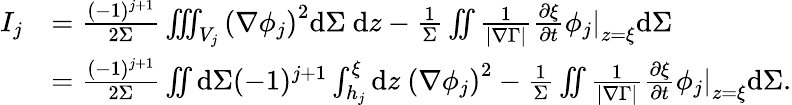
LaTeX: \begin{array}{rl}{I_{j}}&{=\frac{(-1)^{j+1}}{2\Sigma}\iiint_{V_{j}}\left(\nabla\phi_{j}\right)^{2}\mathrm{d}\Sigma~\mathrm{d}z-\frac{1}{\Sigma}\iint\frac{1}{|\nabla\Gamma|}\frac{\partial\xi}{\partial t}\left.\phi_{j}\right|_{z=\xi}\mathrm{d}\Sigma}\\ &{=\frac{(-1)^{j+1}}{2\Sigma}\iint\mathrm{d}\Sigma(-1)^{j+1}\int_{h_{j}}^{\xi}\mathrm{d}z~\left(\nabla\phi_{j}\right)^{2}-\frac{1}{\Sigma}\iint\frac{1}{|\nabla\Gamma|}\frac{\partial\xi}{\partial t}\left.\phi_{j}\right|_{z=\xi}\mathrm{d}\Sigma.}\end{array}